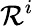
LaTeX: \mathcal{R}^{i}